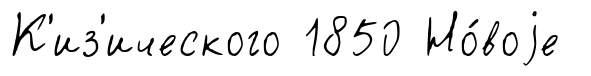
К'из'ического 1850 Но́воjе